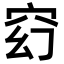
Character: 𥥆